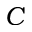
C